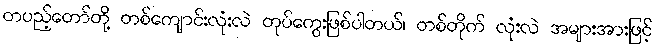
တပည့်တော်တို့ တစ်ကျောင်းလုံးလဲ တုပ်ကွေးဖြစ်ပါတယ်၊ တစ်တိုက် လုံးလဲ အများအားဖြင့်